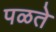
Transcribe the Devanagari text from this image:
पळते